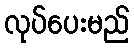
လုပ်ပေးမည်